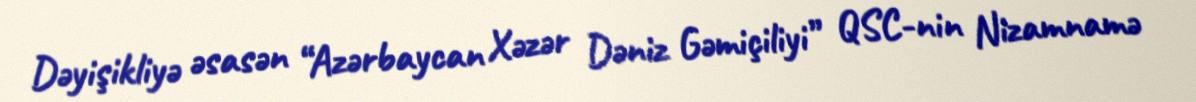
Dəyişikliyə əsasən “Azərbaycan Xəzər Dəniz Gəmiçiliyi” QSC-nin Nizamnamə